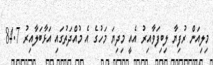
މިލިއަން ރުފިޔާ ލިބިފަވާއިރު އެއީ މިދިޔަ މަހުގެ އެ މުއްދަތުގައި އަޅާބަލާއިރު 84.7